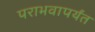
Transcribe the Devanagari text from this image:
पराभवापर्यंत